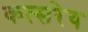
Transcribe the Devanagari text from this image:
कत्सरेय